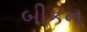
બીકન